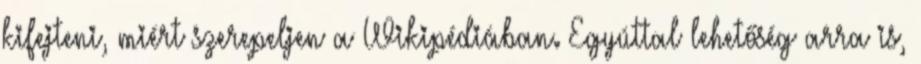
kifejteni, miért szerepeljen a Wikipédiában. Egyúttal lehetőség arra is,